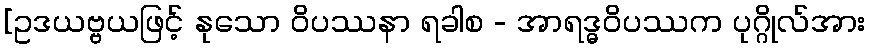
[ဥဒယဗ္ဗယဖြင့် နုသော ဝိပဿနာ ရခါစ - အာရဒ္ဓဝိပဿက ပုဂ္ဂိုလ်အား